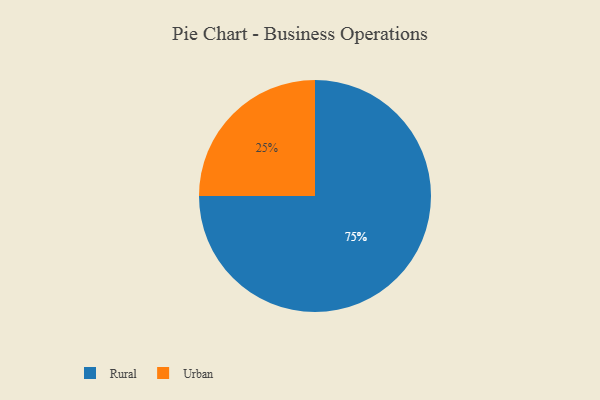
{"axis": {"x": "Category", "y": "Percentage"}, "legend": ["Rural", "Urban"], "data": [{"x": "Urban", "y": 25, "type": "Urban"}, {"x": "Rural", "y": 75, "type": "Rural"}]}